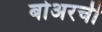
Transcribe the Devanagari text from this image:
बोअरची